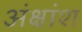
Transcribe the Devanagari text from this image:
अंक्षांश